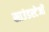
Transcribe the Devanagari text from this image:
साउंडस्टेजों